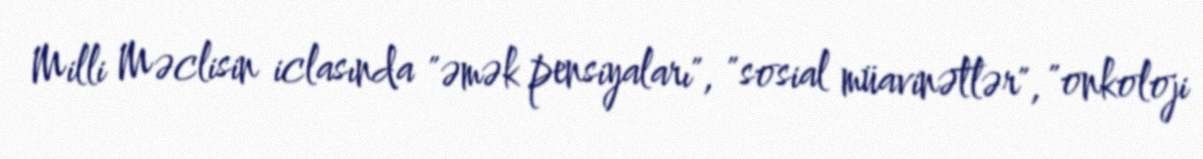
Milli Məclisin iclasında "əmək pensiyaları", "sosial müavinətlər", "onkoloji